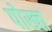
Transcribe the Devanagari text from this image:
पोख्त